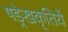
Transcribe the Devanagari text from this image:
षड्रेखकृतियें